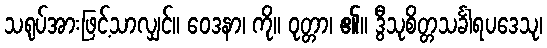
သရုပ်အားဖြင့်သာလျှင်။ ဝေဒနာ၊ ကို။ ဝုတ္တာ၊ ၏။ ဒွီသုစိတ္တသင်္ခါရပဒေသု၊